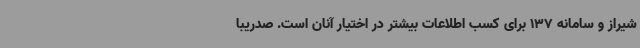
شیراز و سامانه 137 برای کسب اطلاعات بیشتر در اختیار آنان است. صدریبا